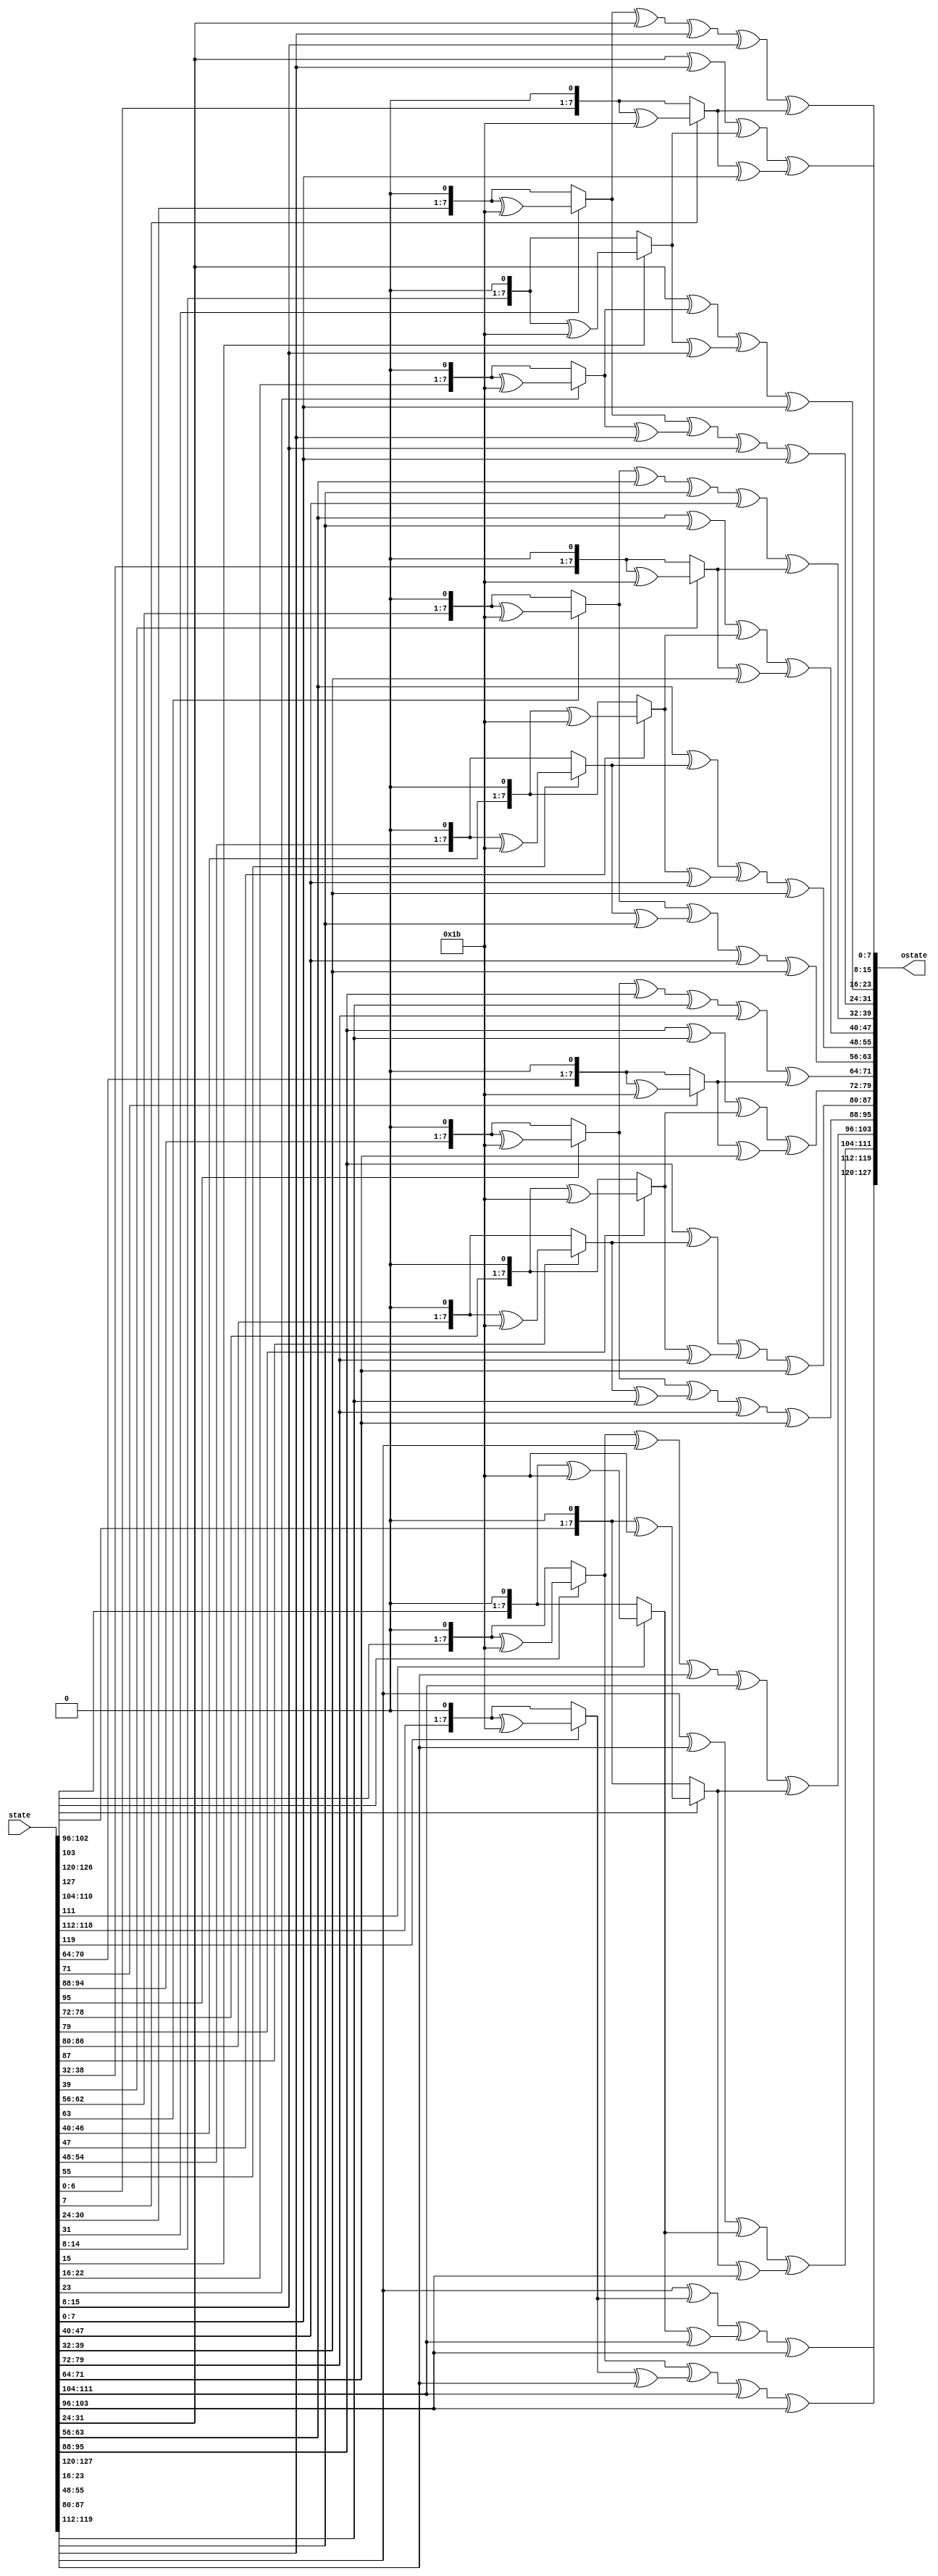
module MixColumns (
    input [127:0] state,
    output [127:0] ostate
);
/*
[S'0c]    02 03 01 01 [S0c]
[S'1c]    01 02 03 01 [S1c]
[S'2c]    01 01 02 03 [S2c]
[S'3c]    03 01 01 02 [S3c]
*/
genvar i;
generate
    for(i=0; i<4; i=i+1) begin: mixColumns
        assign ostate[(i*32 + 24)+:8]= mult2(state[(i*32 + 24)+:8]) ^ mult3(state[(i*32 + 16)+:8]) ^ state[(i*32 + 8)+:8] ^ state[i*32+:8];
        assign ostate[(i*32 + 16)+:8]= state[(i*32 + 24)+:8] ^ mult2(state[(i*32 + 16)+:8]) ^ mult3(state[(i*32 + 8)+:8]) ^ state[i*32+:8];
        assign ostate[(i*32 + 8)+:8]= state[(i*32 + 24)+:8] ^ state[(i*32 + 16)+:8] ^ mult2(state[(i*32 + 8)+:8]) ^ mult3(state[i*32+:8]);
        assign ostate[i*32+:8]= mult3(state[(i*32 + 24)+:8]) ^ state[(i*32 + 16)+:8] ^ state[(i*32 + 8)+:8] ^ mult2(state[i*32+:8]);
    end
endgenerate

function [7:0] mult2
    (input [7:0] x);
    begin
        if (x[7]==1'b0) mult2 = x<<1;
        else mult2 = (x<<1) ^ 8'h1b;
    end
endfunction

function [7:0] mult3
    (input [7:0] x);
    begin
        mult3 = mult2(x) ^ x;
    end
endfunction



endmodule